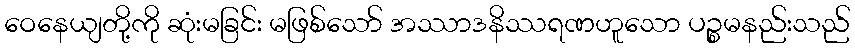
ဝေနေယျတို့ကို ဆုံးမခြင်း မဖြစ်သော် အဿာဒနိဿရဏဟူသော ပဉ္စမနည်းသည်